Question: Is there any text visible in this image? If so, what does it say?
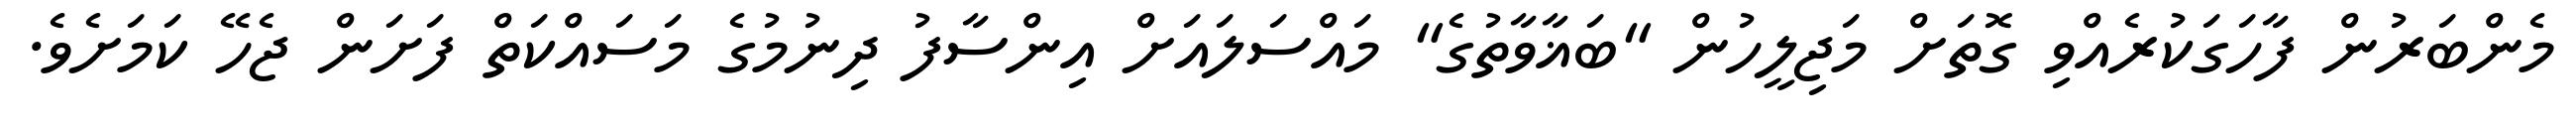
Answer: މެންބަރުން ފާހަގަކުރެއްވި ގޮތަށް މަޖިލީހުން "ބަޣާވާތުގެ" މައްސަލައަށް އިންސާފު ދިނުމުގެ މަސައްކަތް ފަށަން ޖެހޭ ކަމަށެވެ.